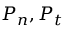
P _ { n } , P _ { t }